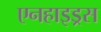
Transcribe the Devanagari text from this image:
एनहाइड्रस